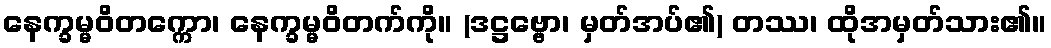
နေက္ခမ္မဝိတက္ကော၊ နေက္ခမ္မဝိတက်ကို။ (ဒဋ္ဌဗ္ဗော၊ မှတ်အပ်၏) တဿ၊ ထိုအမှတ်သား၏။